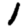
Digit: 1